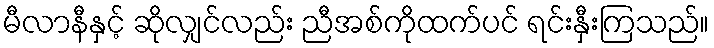
မီလာနီနှင့် ဆိုလျှင်လည်း ညီအစ်ကိုထက်ပင် ရင်းနှီးကြသည်။